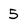
Character: 5